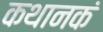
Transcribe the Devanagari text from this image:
कथानकं